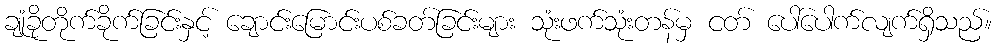
ချုံခိုတိုက်ခိုက်ခြင်းနှင့် ချောင်းမြောင်းပစ်ခတ်ခြင်းများ သုံးဖက်သုံးတန်မှ ငတ် ပေါ်ပေါက်လျက်ရှိသည်။